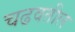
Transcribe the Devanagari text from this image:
चढवतील